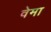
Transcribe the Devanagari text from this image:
वेमा